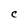
Character: C